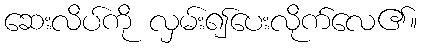
ဆေးလိပ်ကို လှမ်း၍ပေးလိုက်လေ၏။